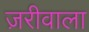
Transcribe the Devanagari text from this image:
ज़रीवाला